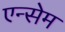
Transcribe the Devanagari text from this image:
एन्सेम